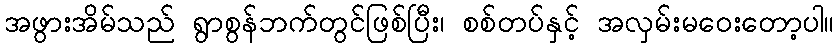
အဖွားအိမ်သည် ရွာစွန်ဘက်တွင်ဖြစ်ပြီး၊ စစ်တပ်နှင့် အလှမ်းမဝေးတော့ပါ။